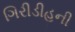
ગિરીડીહની